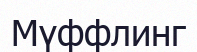
Мүффлинг